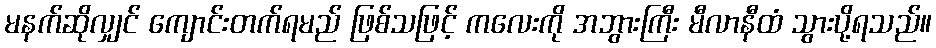
မနက်ဆိုလျှင် ကျောင်းတက်ရမည် ဖြစ်သဖြင့် ကလေးကို အဘွားကြီး မီလာနီထံ သွားပို့ရသည်။